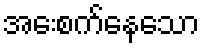
အေးစက်နေသော